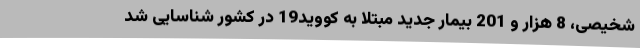
شخیصی، 8 هزار و 201 بیمار جدید مبتلا به کووید19 در کشور شناسایی شد